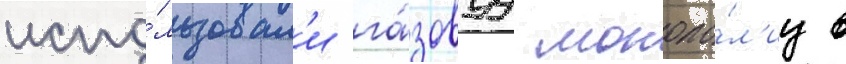
испо́льзовал'и га́зовуу монопо́л'иу в